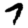
Digit: 7